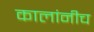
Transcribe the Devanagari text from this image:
कालांनीच